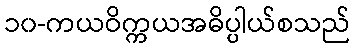
၁၀-ကယဝိက္ကယအဓိပ္ပါယ်စသည်